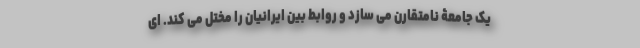
یک جامعۀ نامتقارن می سازد و روابط بین ایرانیان را مختل می کند. ای